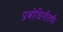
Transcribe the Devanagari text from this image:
प्रबोधिनीतर्फे